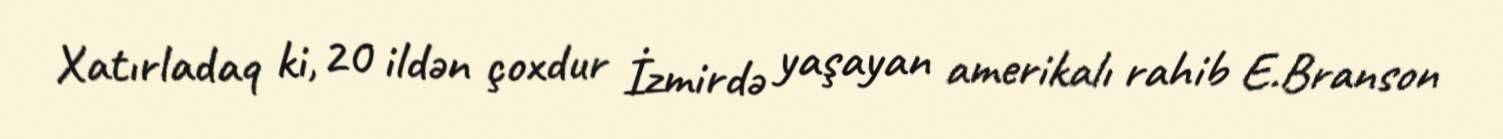
Xatırladaq ki, 20 ildən çoxdur İzmirdə yaşayan amerikalı rahib E.Branson